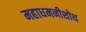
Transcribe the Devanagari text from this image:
महाधमनीशोथ